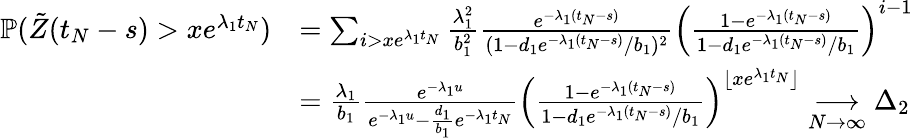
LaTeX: \begin{array}{rl}{\mathbb{P}(\tilde{Z}(t_{N}-s)>xe^{\lambda_{1}t_{N}})}&{=\sum_{i>xe^{\lambda_{1}t_{N}}}\frac{\lambda_{1}^{2}}{b_{1}^{2}}\frac{e^{-\lambda_{1}(t_{N}-s)}}{(1-d_{1}e^{-\lambda_{1}(t_{N}-s)}/b_{1})^{2}}\left(\frac{1-e^{-\lambda_{1}(t_{N}-s)}}{1-d_{1}e^{-\lambda_{1}(t_{N}-s)}/b_{1}}\right)^{i-1}}\\ &{=\frac{\lambda_{1}}{b_{1}}\frac{e^{-\lambda_{1}u}}{e^{-\lambda_{1}u}-\frac{d_{1}}{b_{1}}e^{-\lambda_{1}t_{N}}}\left(\frac{1-e^{-\lambda_{1}(t_{N}-s)}}{1-d_{1}e^{-\lambda_{1}(t_{N}-s)}/b_{1}}\right)^{\lfloor xe^{\lambda_{1}t_{N}}\rfloor}\underset{N\to\infty}{\longrightarrow}\Delta_{2}}\end{array}